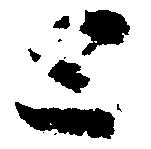
と